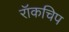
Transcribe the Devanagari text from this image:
रॉकचिप